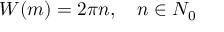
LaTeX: W ( m ) = 2 \pi n , \quad n \in N _ { 0 }